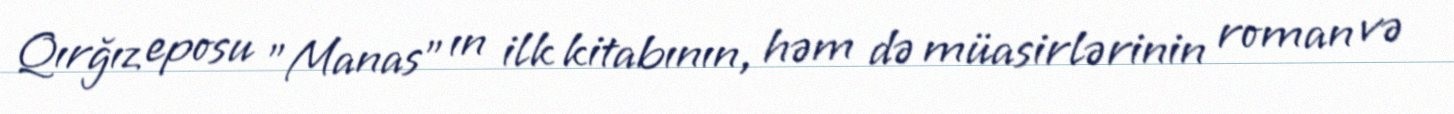
Qırğız eposu "Manas" ın ilk kitabının, həm də müasirlərinin roman və